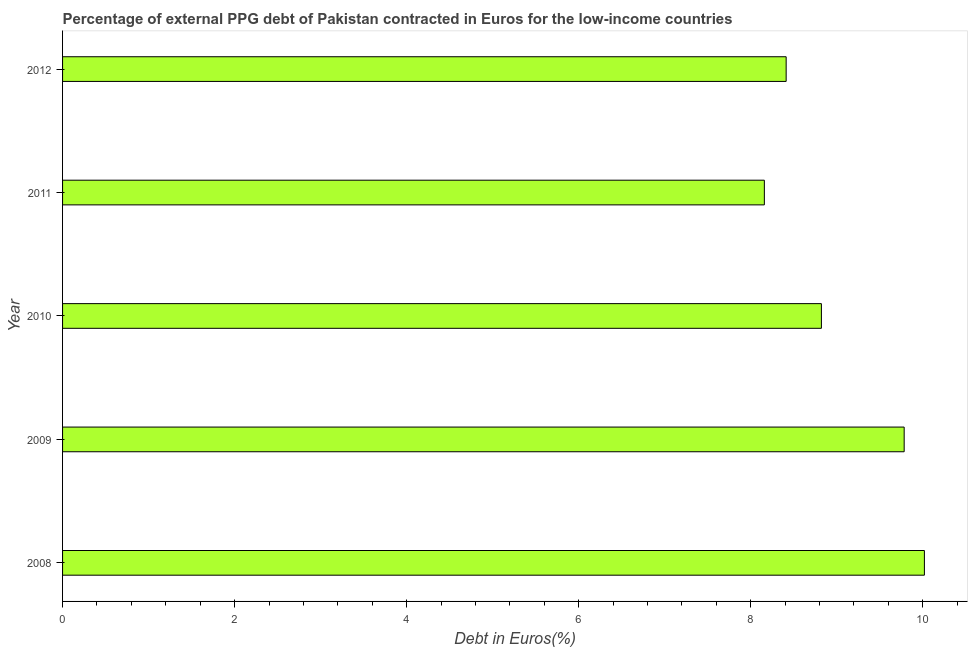
| Year | Currency composition of PPG debt |
 | --- | --- |
 | 2008 | 10 |
 | 2009 | 9.78 |
 | 2010 | 8.82 |
 | 2011 | 8.16 |
 | 2012 | 8.41 |